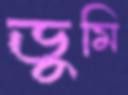
ডুমি